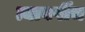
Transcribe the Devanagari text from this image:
त्यावर्षीच